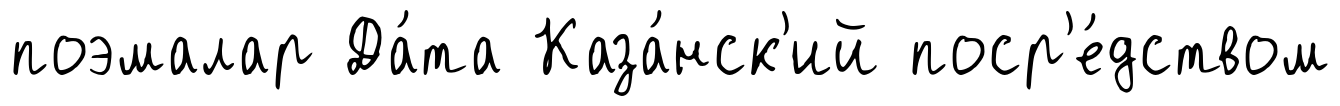
поэмалар Да́та Каза́нск'ий поср'е́дством